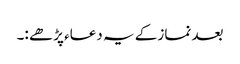
بعد نماز کے یہ دعاء پڑھے :۔